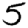
Digit: 5